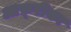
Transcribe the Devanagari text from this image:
आफ़्रीका